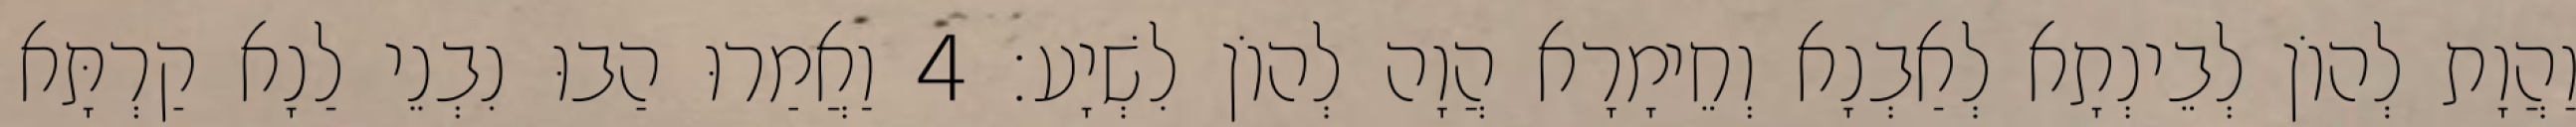
וַהֲוָת לְהוֹן לְבֵינְתָא לְאַבְנָא וְחֵימָרָא הֲוָה לְהוֹן לִשְׁיָע׃ 4 וַאֲמַרוּ הַבוּ נִבְנֵי לַנָא קַרְתָּא